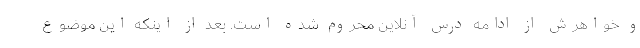
و خواهرش از ادامه درس آنلاین محروم شده است. بعد از اینکه این موضوع